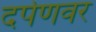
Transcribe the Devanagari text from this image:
दर्पणवर